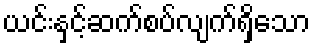
ယင်းနှင့်ဆက်စပ်လျက်ရှိသော